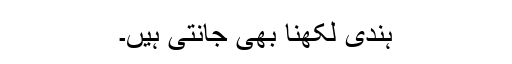
ہندی لکھنا بھی جانتی ہیں۔